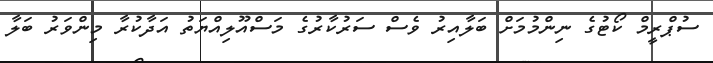
ސުޕްރީމް ކޯޓުގެ ނިންމުމަށް ބަލާއިރު ވެސް ސަރުކާރުގެ މަސްއޫލިއްޔަތު އަދާކުރާ މިންވަރު ބަލާ